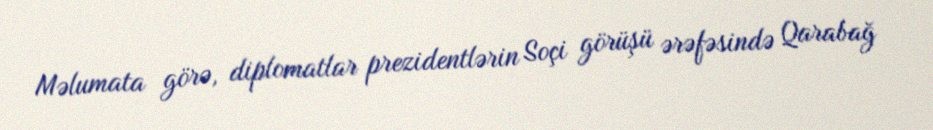
Məlumata görə, diplomatlar prezidentlərin Soçi görüşü ərəfəsində Qarabağ